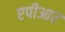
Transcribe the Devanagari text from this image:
एपीआर